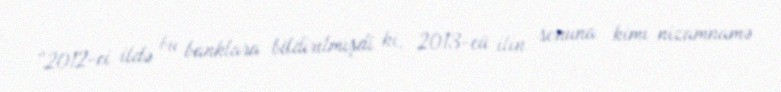
“2012-ci ildə bu banklara bildirilmişdi ki, 2013-cü ilin sonuna kimi nizamnamə